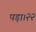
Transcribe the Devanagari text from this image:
पड़ा।२२